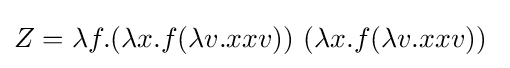
Z=\lambda f.(\lambda x.f(\lambda v.xxv))\ (\lambda x.f(\lambda v.xxv))\